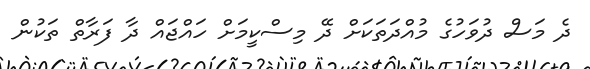
ދެ މަސް ދުވަހުގެ މުއްދަތަކަށް ދޭ މިސްކީމަށް ހައްޖައް ދާ ފަރާތް ތަކުން